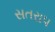
સતરાપ